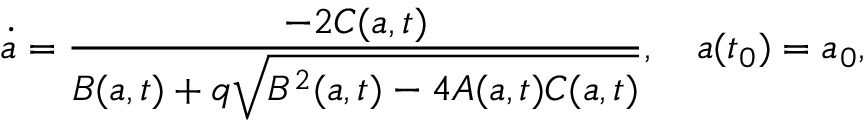
\dot { a } = \frac { - 2 C ( a , t ) } { B ( a , t ) + q \sqrt { B ^ { 2 } ( a , t ) - 4 A ( a , t ) C ( a , t ) } } , \quad a ( t _ { 0 } ) = a _ { 0 } ,